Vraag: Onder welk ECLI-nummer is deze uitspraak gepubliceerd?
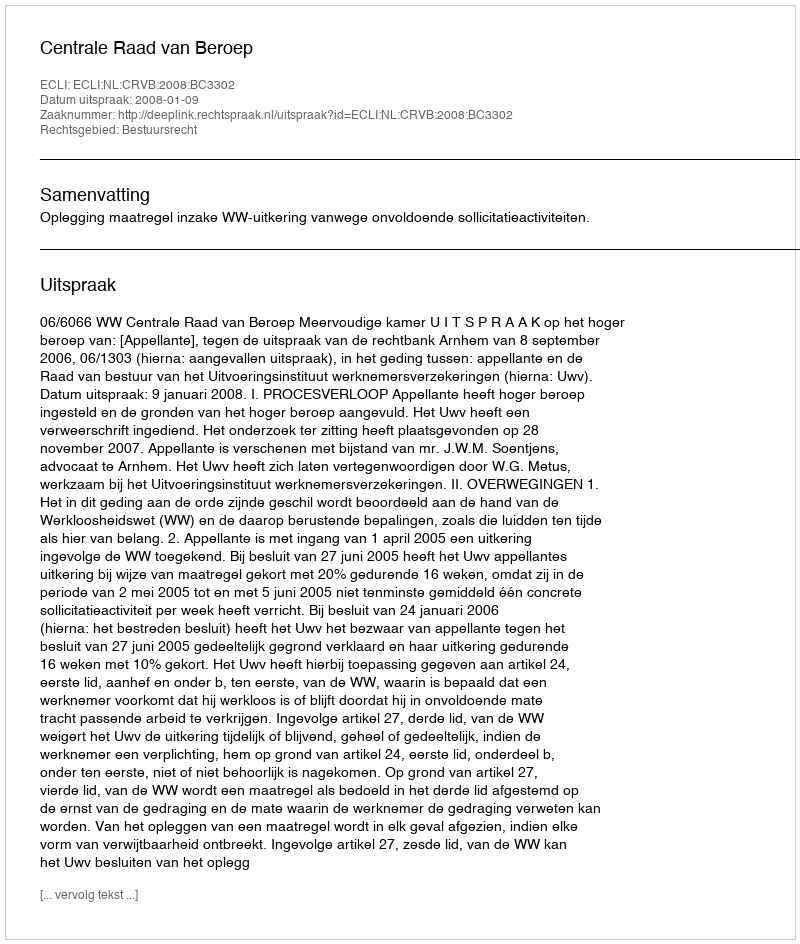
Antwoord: ECLI:NL:CRVB:2008:BC3302